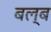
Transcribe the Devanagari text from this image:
बल्‍ब